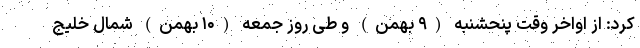
کرد: از اواخر وقت پنحشنبه (۹ بهمن) و طی روز جمعه (۱۰ بهمن) شمال خلیج